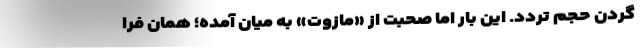
گردن حجم تردد. این بار اما صحبت از «مازوت» به میان آمده؛ همان فرا